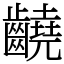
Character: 䶧